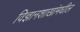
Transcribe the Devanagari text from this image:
विज्ञानशाखांमधील